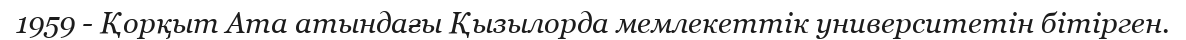
1959 - Қорқыт Ата атындағы Қызылорда мемлекеттік университетін бітірген.